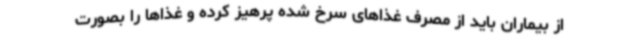
از بیماران باید از مصرف غذاهای سرخ شده پرهیز کرده و غذاها را بصورت